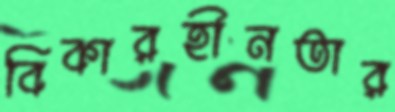
বিকারহীনতার